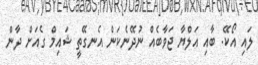
ލައި އޯކޭ. ބާއި އަލްޔާ ޖަވާބެއް ނުދޭނެކަން އެނގޭތީ ޝައިމް ގެއަށް ދާން